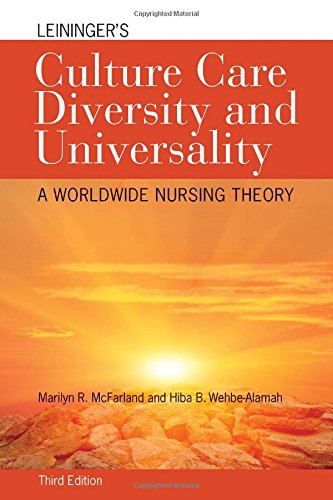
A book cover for Leininger's Culture Care Diversity And Universality: A Worldwide Nursing Theory (Cultural Care Diversity (Leininger)); Marilyn R. McFarland; Medical Books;